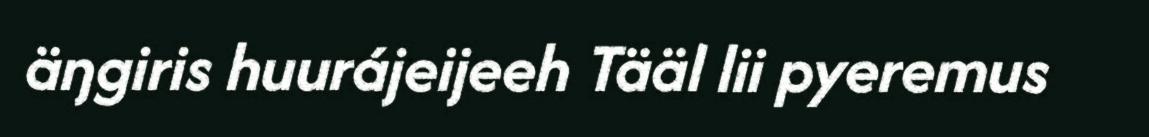
äŋgiris huurájeijeeh Tääl lii pyeremus